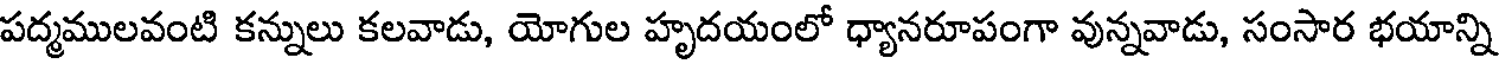
పద్మములవంటి కన్నులు కలవాడు, యోగుల హృదయంలో ధ్యానరూపంగా వున్నవాడు, సంసార భయాన్ని